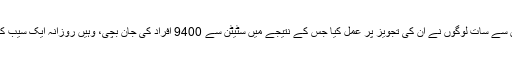
انھوں نے یہ مفروضہ قائم کیا کہ ہر دس میں سے سات لوگوں نے ان کی تجویز پر عمل کیا جس کے نتیجے میں سٹیٹن سے 9400 افراد کی جان بچی، وہیں روزانہ ایک سیب کھانے سے 8500 افراد مرنے سے بچ گئے۔